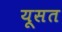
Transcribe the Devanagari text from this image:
यूसत